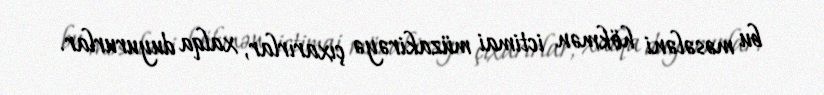
bu məsələni hökmən ictimai müzakirəyə çıxarırlar, xalqa duyururlar.